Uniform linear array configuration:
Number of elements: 12
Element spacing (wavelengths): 0.5
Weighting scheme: binomial
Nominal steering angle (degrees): -60
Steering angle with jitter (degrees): -61.484
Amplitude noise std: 0.05
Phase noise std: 0.05

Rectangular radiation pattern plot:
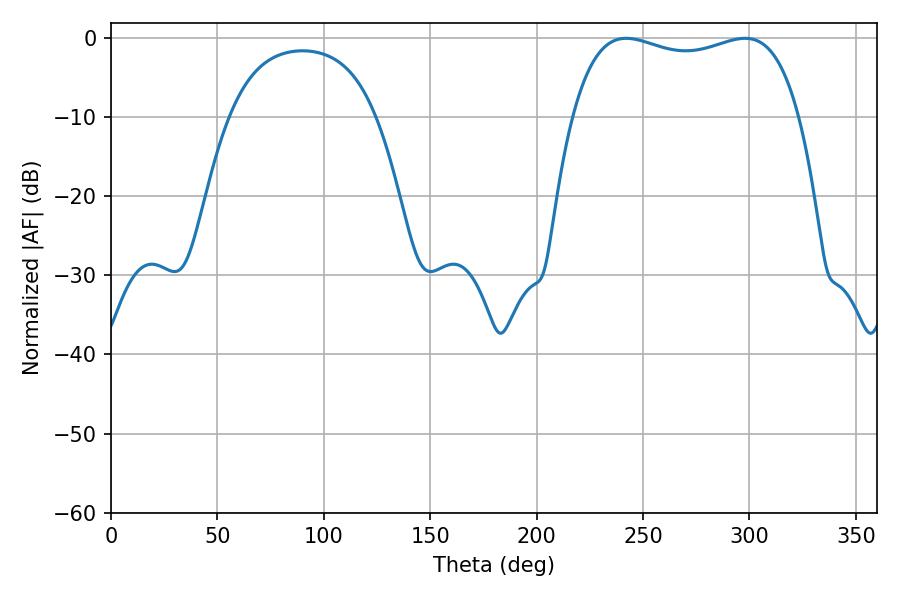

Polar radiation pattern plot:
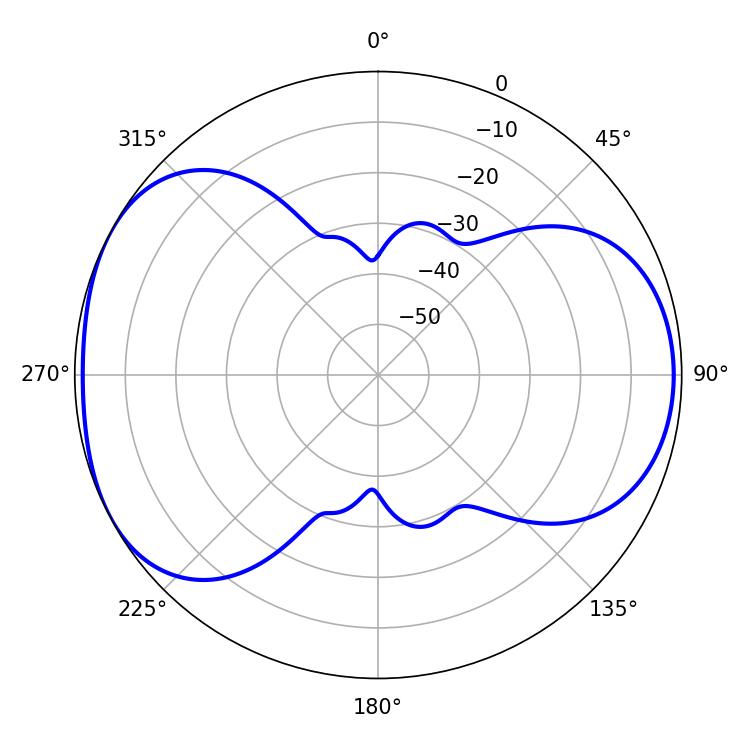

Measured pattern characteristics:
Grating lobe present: FALSE
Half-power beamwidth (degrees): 86.76
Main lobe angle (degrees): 242.1